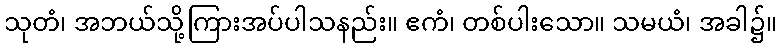
သုတံ၊ အဘယ်သို့ကြားအပ်ပါသနည်း။ ဧကံ၊ တစ်ပါးသော။ သမယံ၊ အခါ၌။